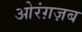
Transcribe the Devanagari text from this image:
ओरंग़ज़ब